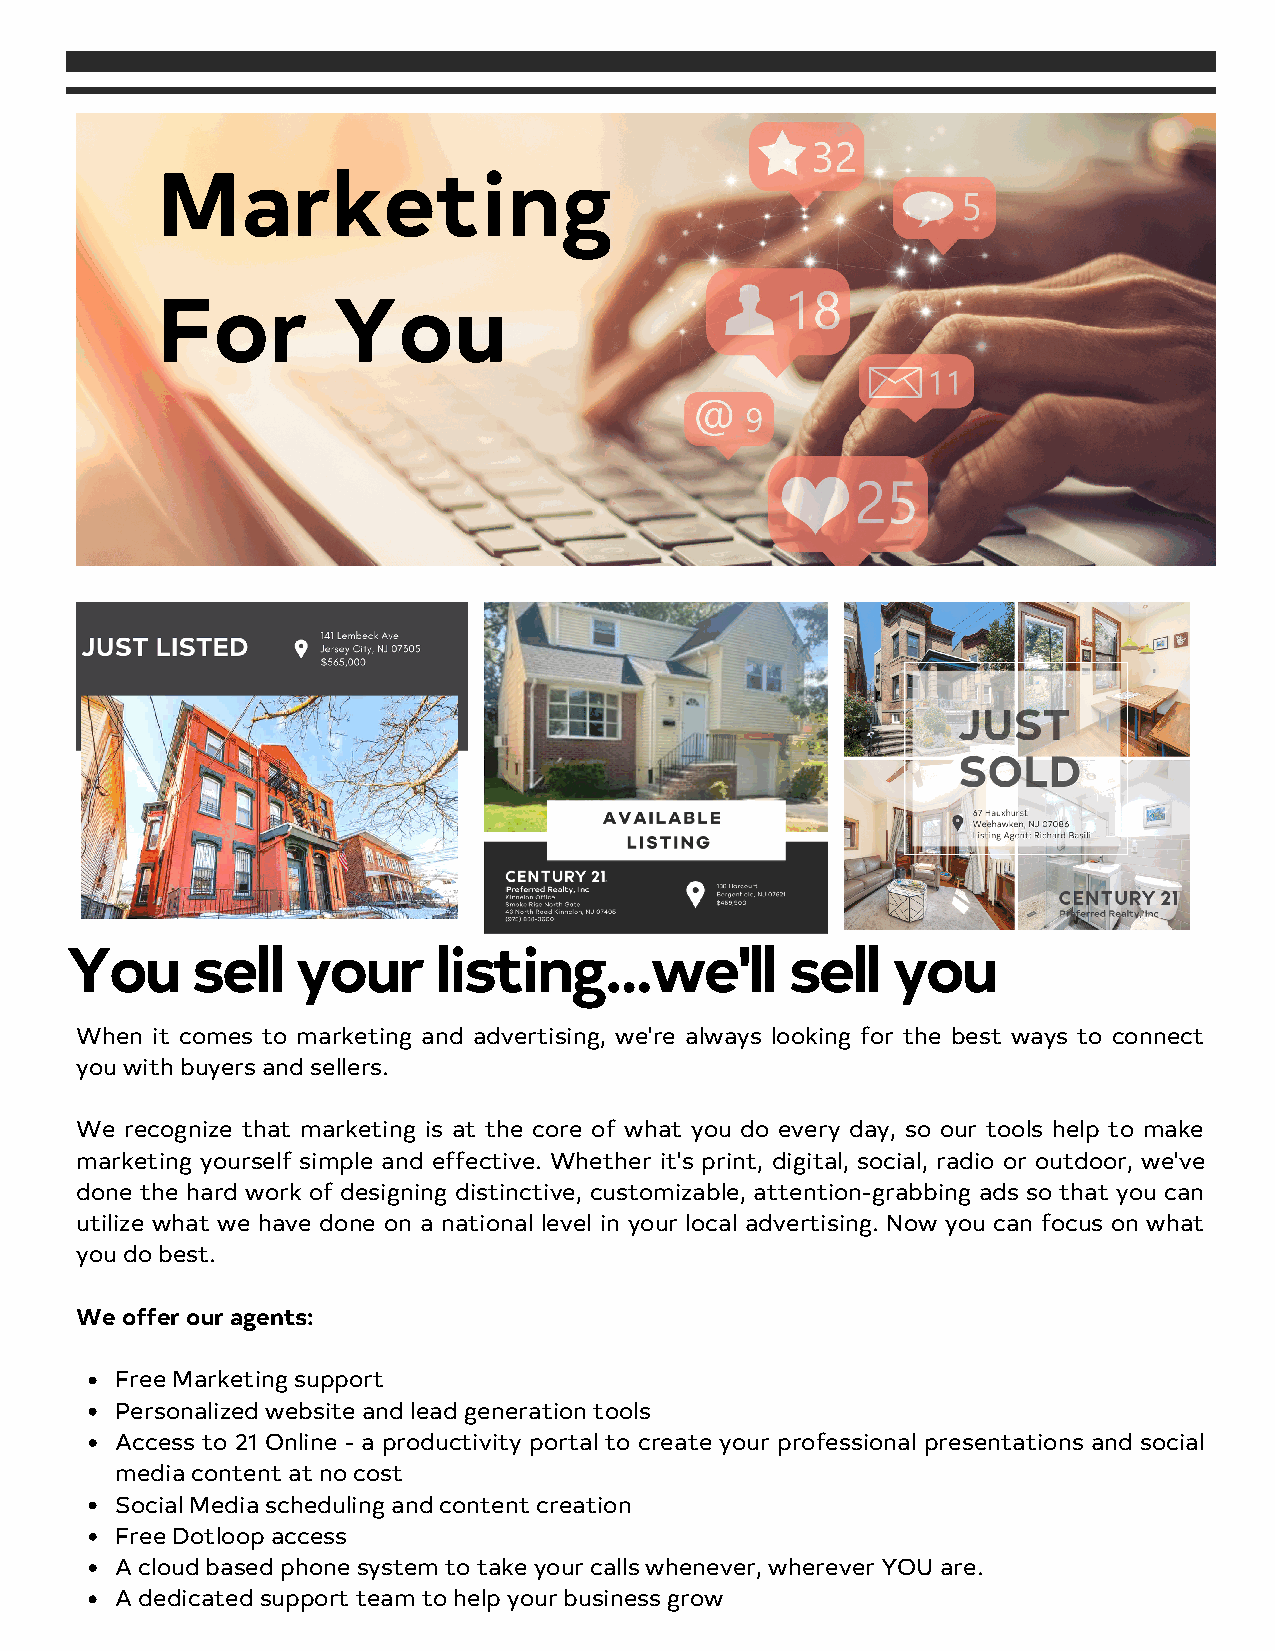
Marketing
 For         You
 You      sell   your     listing...we'll        sell   you
 When it comes to marketing and advertising, we're always looking for the best ways to connect
 you with buyers and sellers.
 We recognize that marketing is at the core of what you do every day, so our tools help to make
 marketing yourself simple and effective. Whether it's print, digital, social, radio or outdoor, we've
 done the hard work of designing distinctive, customizable, attention-grabbing ads so that you can
 utilize what we have done on a national level in your local advertising. Now you can focus on what
 you do best.
 We offer our agents:
 Free Marketing support
 Personalized website and lead generation tools
 Access to 21 Online - a productivity portal to create your professional presentations and social
 media content at no cost
 Social Media scheduling and content creation
 Free Dotloop access
 A cloud based phone system to take your calls whenever, wherever YOU are.
 A dedicated support team to help your business grow